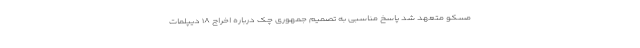
مسکو متعهد شد پاسخ مناسبی به تصمیم جمهوری چک درباره اخراج ۱۸ دیپلمات